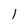
Character: 1